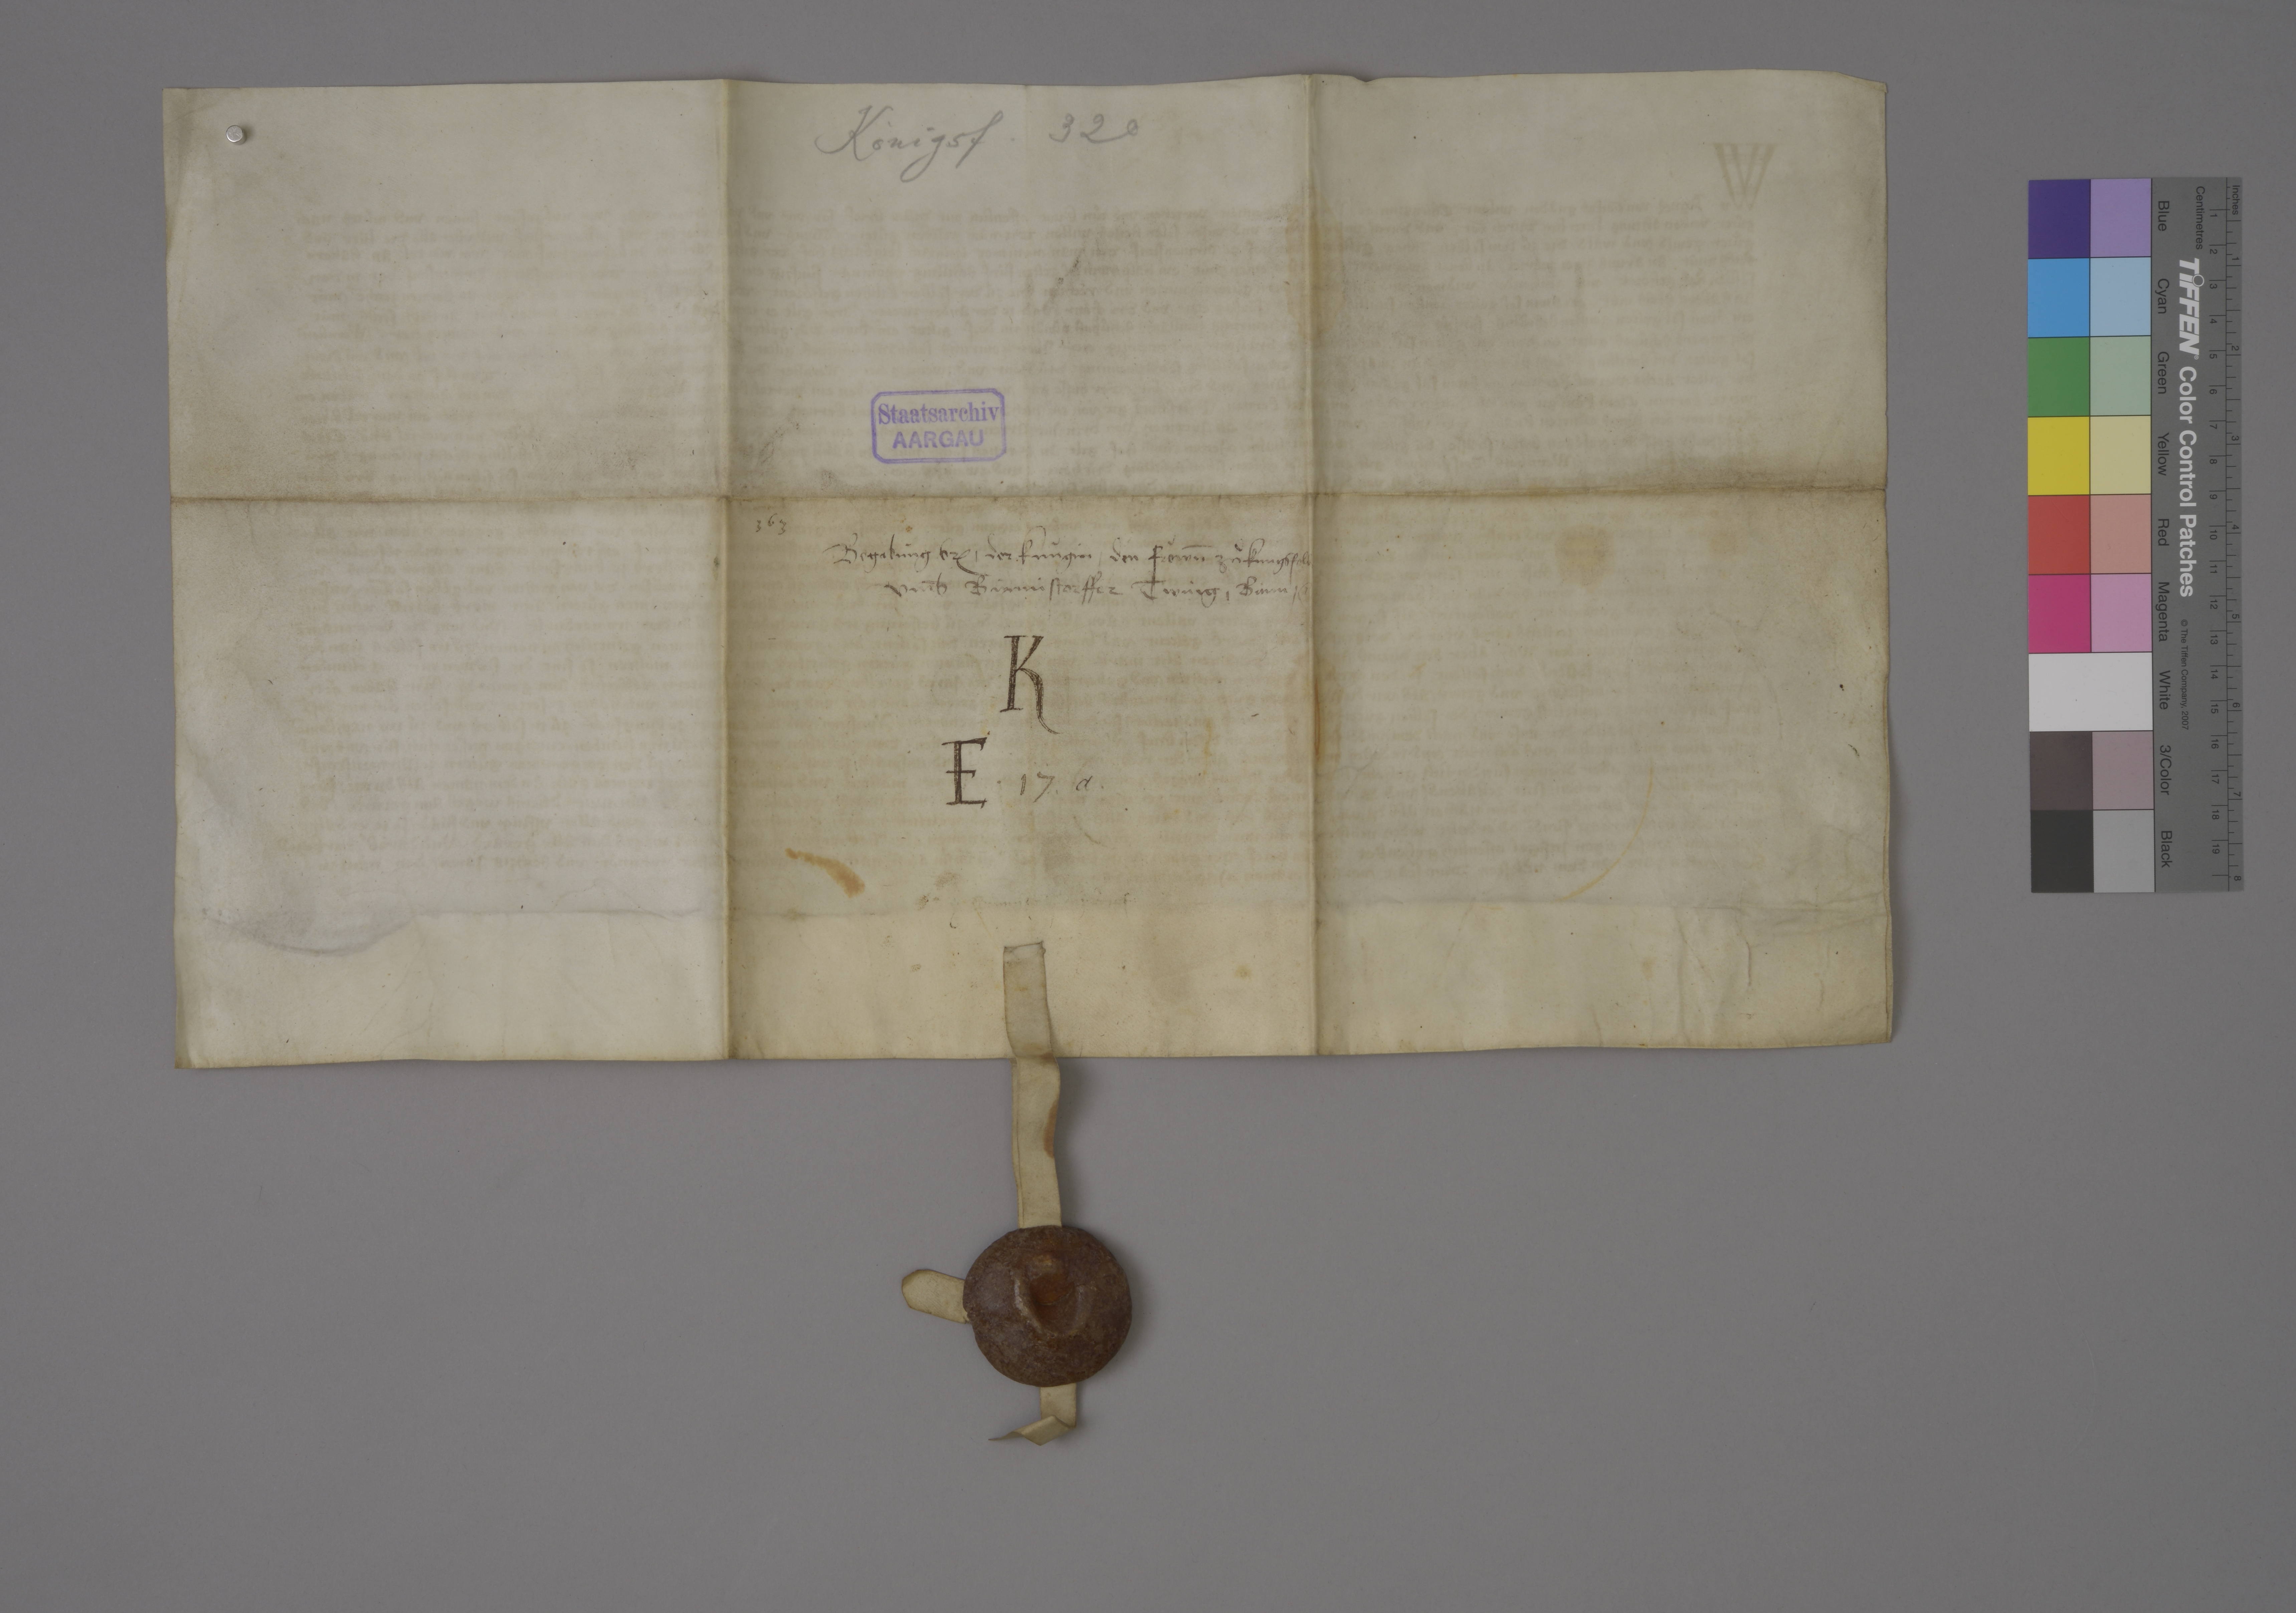
Transcription:
Königsf. 320

Staatsarchiv
AARGAU

363

begabùng br₎ ✳ der kùngin ✳ den fròwn̄ zuͦ Kùngsfeld₎
umb̄ Birmistorffer twing ✳ bann ✳

A

K
E ✳ 17 ✳ a

ze Birmistorf ✳ dˀ✳ j ✳ brief